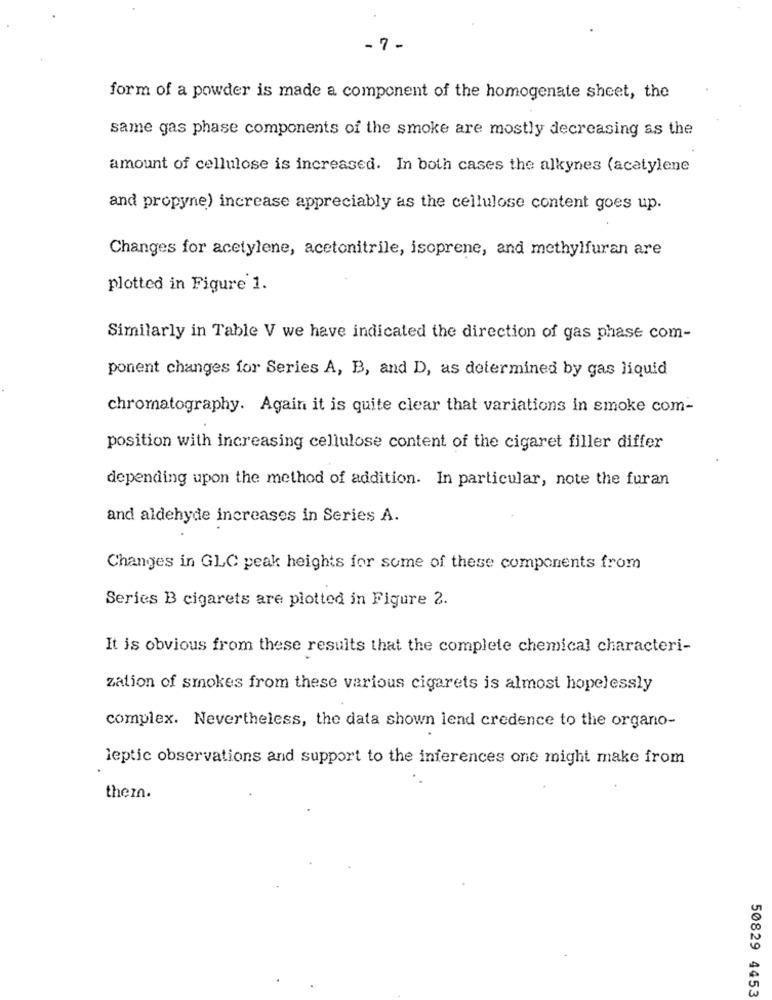
- 7 -
form of a powder is made a component of the homogenate sheet, the
same gas phase components of the smoke are mostly decreasing as the
amount of cellulose is increased. In both cases the alkynes (acetylene
and propyne) increase appreciably as the cellulose content goes up.
Changes for acetylene, acetonitrile, isoprene, and methylfuran are
plotted in Figure 1.
Similarly in Table V we have indicated the direction of gas phase com-
ponent changes for Series A, B, and D, as determined by gas liquid
chromatography. Again it is quite clear that variations in smoke com-
position with increasing cellulose content of the cigaret filler differ
depending upon the method of addition. In particular, note the furan
and aldehyde increases in Series A.
Changes in GLC peak heights for some of these components from
Series B cigarets are plotted in Figure 2.
It is obvious from these results that the complete chemical characteri-
zation of smokes from these various cigarets is almost hopelessly
complex. Nevertheless, the data shown lend credence to the organo-
leptic observations and support to the inferences one might make from
them.
50829 4453